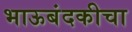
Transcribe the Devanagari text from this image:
भाऊबंदकीचा